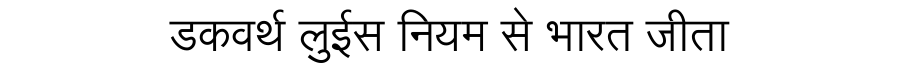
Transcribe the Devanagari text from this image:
डकवर्थ लुईस नियम से भारत जीता